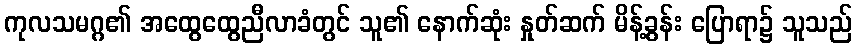
ကုလသမဂ္ဂ၏ အထွေထွေညီလာခံတွင် သူ၏ နောက်ဆုံး နှုတ်ဆက် မိန့်ခွန်း ပြောရာ၌ သူသည်